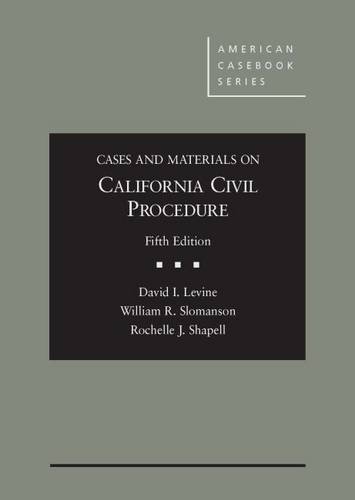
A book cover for Cases and Materials on California Civil Procedure (American Casebook Series); David Levine; Law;